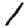
Digit: 1